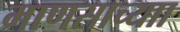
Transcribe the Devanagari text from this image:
माणसाच्याा